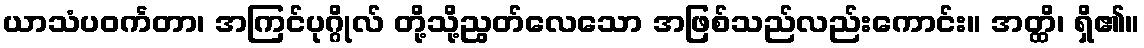
ယာသံပဝင်္ကတာ၊ အကြင်ပုဂ္ဂိုလ် တို့သို့ညွတ်လေသော အဖြစ်သည်လည်းကောင်း။ အတ္ထိ၊ ရှိ၏။